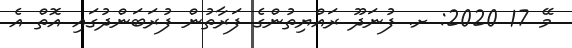
މޭ 17 2020: ށ. ފުނަދޫ ރައްޔިތުންގެ ފަރާތުން ފުރަބަންދުގައި އޮތް އެ